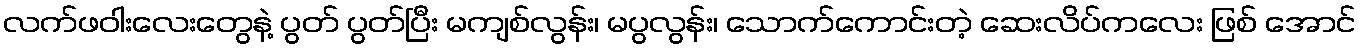
လက်ဖဝါးလေးတွေနဲ့ ပွတ် ပွတ်ပြီး မကျစ်လွန်း၊ မပွလွန်း၊ သောက်ကောင်းတဲ့ ဆေးလိပ်ကလေး ဖြစ် အောင်